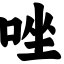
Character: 唑